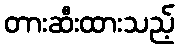
တားဆီးထားသည့်